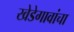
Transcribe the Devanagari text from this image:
खेडेगावांचा